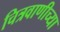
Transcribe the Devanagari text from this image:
चित्रवाणीच्या